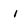
Character: i